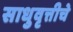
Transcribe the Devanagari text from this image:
साधुवृत्तीचे